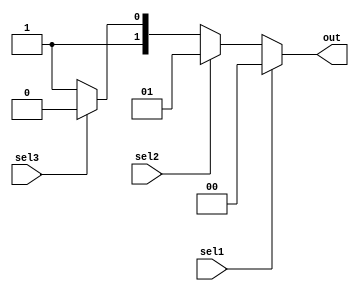
// --------------------------------------
// FileName: if-else
// Auther: Ch'in
// Function:
// Version: 1.0
// Coryright:https://github.com/Ch1-n
// --------------------------------------
module ifelse (sel1, sel2, sel3, out);
  input sel1, sel2, sel3;
  output reg [1:0] out;
  always @(*) begin
    if (sel1) 
      out = 2'b00;
    else if (sel2)
      out = 2'b01;
    else if (sel3)
      out = 2'b10;
    else
      out = 2'b11;
  end
endmodule

module ifelse_tb;
  reg sel1, sel2, sel3;
  wire [1:0] out;
  initial begin
    sel1 = 1'b0;
    sel2 = 1'b0;
    sel3 = 1'b0;
    #10     sel1 = 1'b0;
            sel2 = 1'b0;
            sel3 = 1'b0;
    #10     sel1 = 1'b1;
            sel2 = 1'b0;
            sel3 = 1'b0;
    #10     sel1 = 1'b0;
            sel2 = 1'b1;
            sel3 = 1'b0;
    #10     sel1 = 1'b0;
            sel2 = 1'b0;
            sel3 = 1'b1;
    #10     sel1 = 1'b1;
            sel2 = 1'b1;
            sel3 = 1'b0;
    #10     sel1 = 1'b1;
            sel2 = 1'b1;
            sel3 = 1'b1;
  end

  ifelse ifelse(.sel1(sel1), .sel2(sel2), .sel3(sel3), .out(out));
	initial begin 
		$fsdbDumpfile("ifelse.fsdb");
		$fsdbDumpvars;
	end
  
endmodule